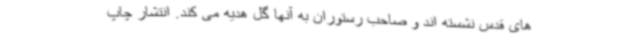
های قدس نشسته اند و صاحب رستوران به آنها گل هدیه می کند. انتشار چاپ